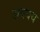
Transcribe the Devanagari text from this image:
अववय